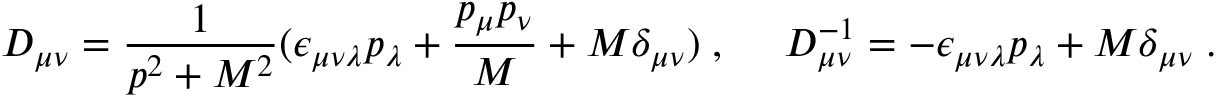
D _ { \mu \nu } = \frac { 1 } { p ^ { 2 } + M ^ { 2 } } ( \epsilon _ { \mu \nu \lambda } p _ { \lambda } + \frac { p _ { \mu } p _ { \nu } } { M } + M \delta _ { \mu \nu } ) \; , { } ~ ~ ~ ~ D _ { \mu \nu } ^ { - 1 } = - \epsilon _ { \mu \nu \lambda } p _ { \lambda } + M \delta _ { \mu \nu } \; .